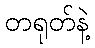
တရုတ်နဲ့